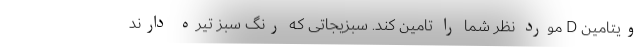
ویتامین D مورد نظر شما را تامین کند. سبزیجاتی که رنگ سبز تیره دارند